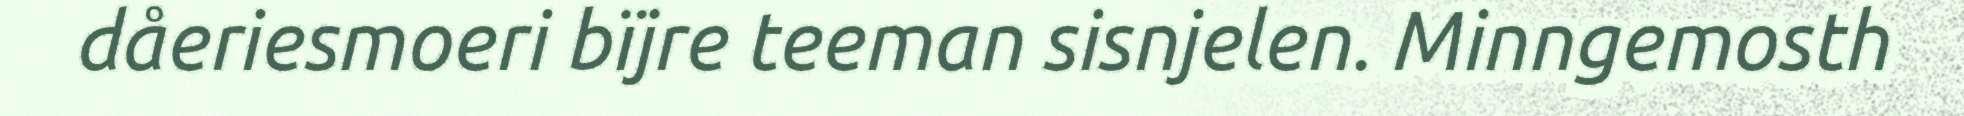
dåeriesmoeri bïjre teeman sisnjelen. Minngemosth